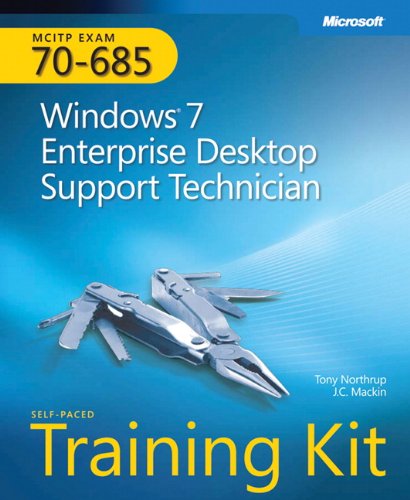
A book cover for MCITP Self-Paced Training Kit (Exam 70-685): Windows 7, Enterprise Desktop Support Technician (Pro - Certification); Tony Northrup; Computers & Technology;